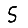
Digit: 5